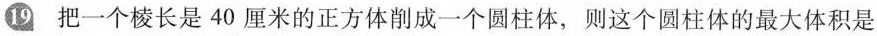
19 把一个棱长是40厘米的正方体削成一个圆柱体，则这个圆柱体的最大体积是